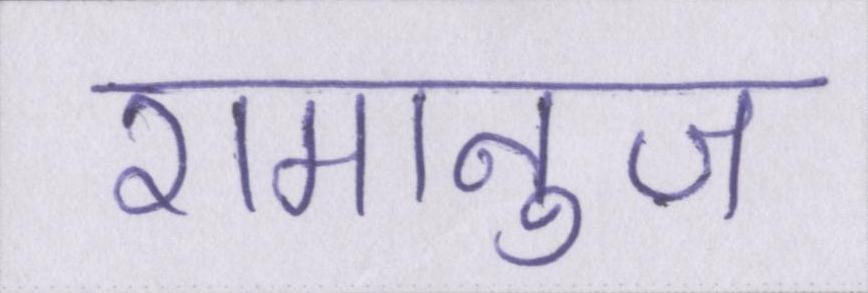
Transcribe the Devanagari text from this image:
रामानुज